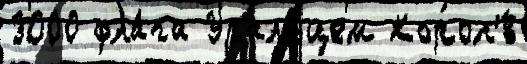
3000 фла́га Уральцем Корол'́в